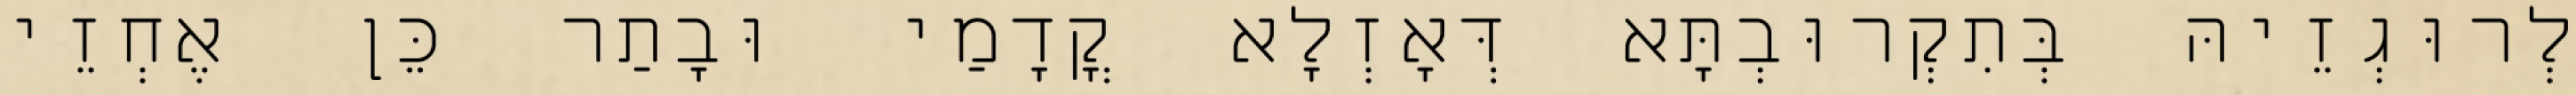
לְרוּגְזֵיהּ בְּתִקְרוּבְתָּא דְּאָזְלָא קֳדָמַי וּבָתַר כֵּן אֶחְזֵי